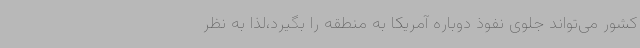
کشور می‌تواند جلوی نفوذ دوباره آمریکا به منطقه را بگیرد،لذا به نظر